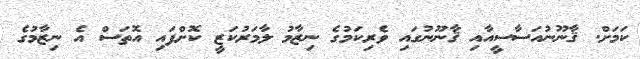
ކަމަށް. ޤާނޫނުއަސާސީއާއި ޤާނޫނުގައި ވެރިކަމުގެ ނިޒާމު ލާމަރުކަޒީ ކޮށްފައި އޮތަސް އެ ނިޒާމުގެ